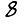
Digit: 8